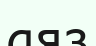
аяз